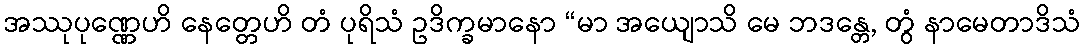
အဿုပုဏ္ဏေဟိ နေတ္တေဟိ တံ ပုရိသံ ဥဒိက္ခမာနော “မာ အယျောသိ မေ ဘဒန္တေ, တွံ နာမေတာဒိသံ